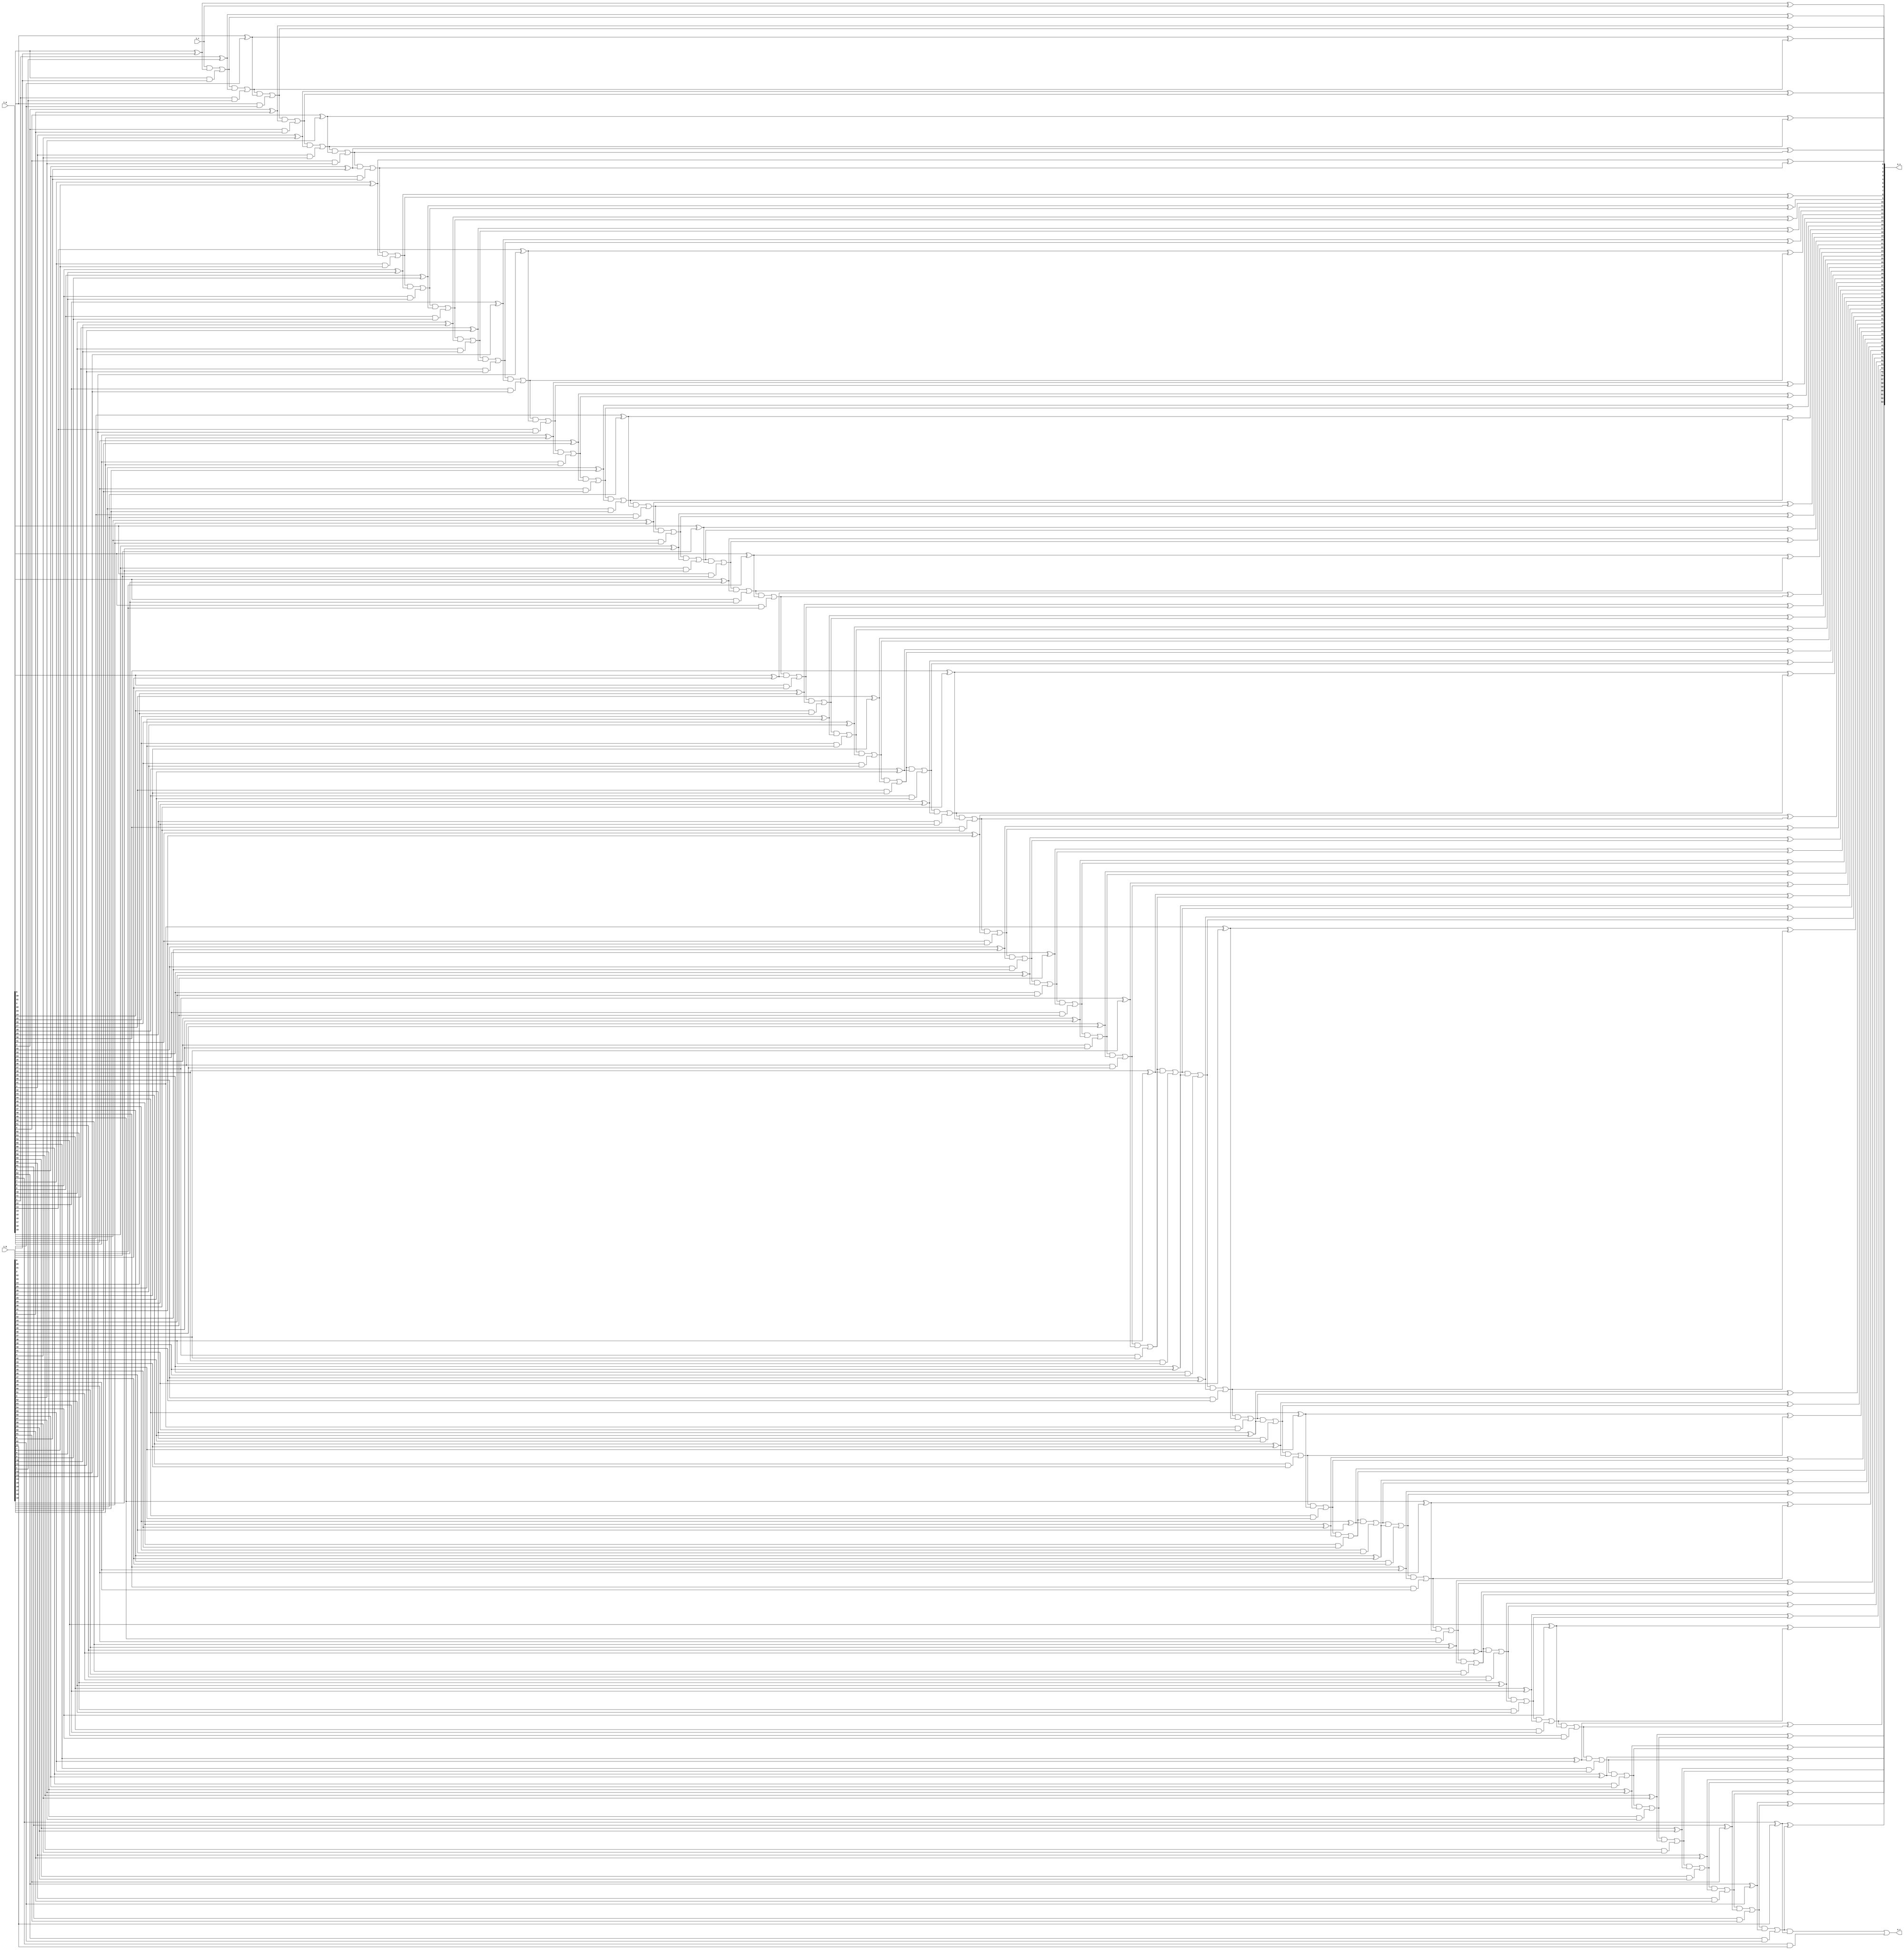
module rca_nbit #(
	parameter N = 64
)(
	input		[N-1:0] i_a,
	input		[N-1:0] i_b,
	input				i_c,
	output wire [N-1:0] o_s,
	output wire			o_c
);

	wire [N-1:0] p;
	wire [N-1:0] g;
	// verilator lint_off UNOPTFLAT
	wire [N:0] c;
	// verilator lint_on UNOPTFLAT

	genvar i;
	for (i = 0; i < N; i = i+1) begin: csa
		assign g[i]   = i_a[i] & i_b[i];
		assign p[i]   = i_a[i] ^ i_b[i];
		assign c[i+1] = c[i] & p[i] | g[i];
		assign o_s[i] = p[i] ^ c[i];
	end

	assign c[0] = i_c;
	assign o_c = c[N];

endmodule